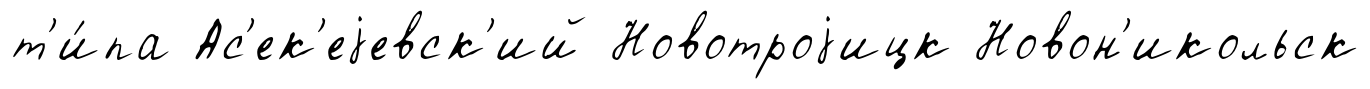
т'и́па Ас'ек'еjевск'ий Новотроjицк Новон'икольск